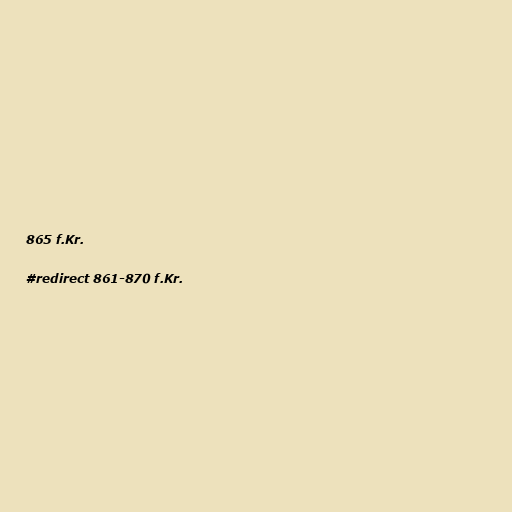
865 f.Kr.

#redirect 861-870 f.Kr.